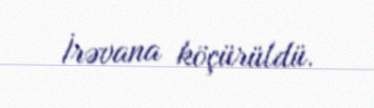
İrəvana köçürüldü.